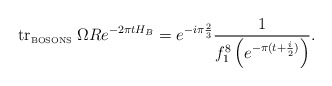
\begin{align*}\mbox{tr}_{\mbox{\tiny BOSONS}}\; \Omega R e^{-2\pi t H_B} = e^{-i\pi \frac{2}{3}}\frac{1}{f_1 ^8\left( e^{-\pi (t +\frac{i}{2})}\right)} .\end{align*}